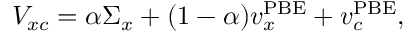
V _ { x c } = \alpha \Sigma _ { x } + ( 1 - \alpha ) v _ { x } ^ { \mathrm { P B E } } + v _ { c } ^ { \mathrm { P B E } } ,